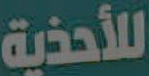
للأحذية